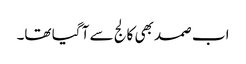
اب صمد بھی کالج سے آ گیا تھا۔